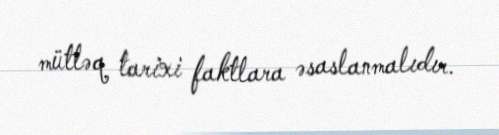
mütləq tarixi faktlara əsaslanmalıdır.